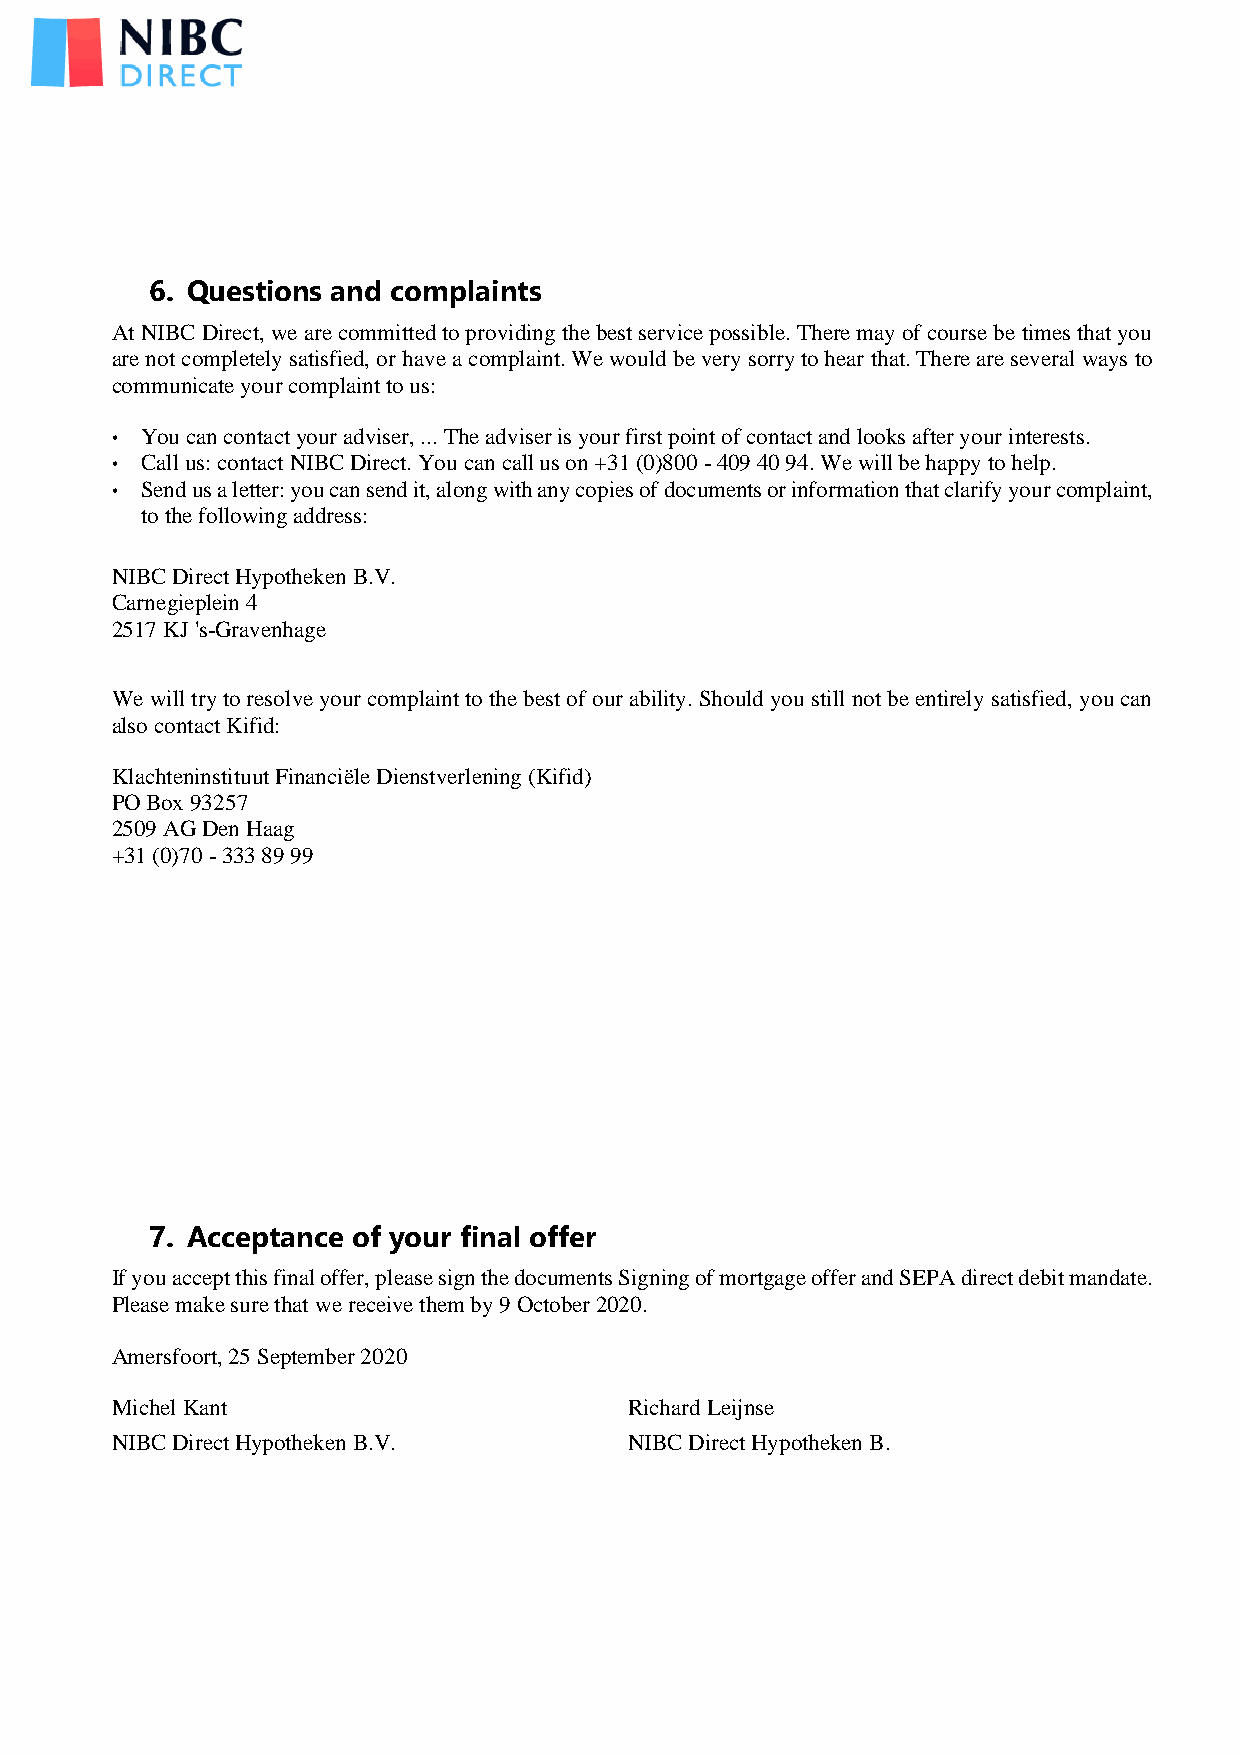
6. Questions and complaints
 At NIBC Direct, we are committed to providing the best service possible. There may of course be times that you
 are not completely satisfied, or have a complaint. We would be very sorry to hear that. There are several ways to
 communicate your complaint to us:
 • You can contact your adviser, ... The adviser is your first point of contact and looks after your interests.
 • Call us: contact NIBC Direct. You can call us on +31 (0)800 - 409 40 94. We will be happy to help.
 • Send us a letter: you can send it, along with any copies of documents or information that clarify your complaint,
 to the following address:
 NIBC Direct Hypotheken B.V.
 Carnegieplein 4
 2517 KJ 's-Gravenhage
 We will try to resolve your complaint to the best of our ability. Should you still not be entirely satisfied, you can
 also contact Kifid:
 Klachteninstituut Financiële Dienstverlening (Kifid)
 PO Box 93257
 2509 AG Den Haag
 +31 (0)70 - 333 89 99
 7. Acceptance of your final offer
 If you accept this final offer, please sign the documents Signing of mortgage offer and SEPA direct debit mandate.
 Please make sure that we receive them by 9 October 2020.
 Amersfoort, 25 September 2020
 Michel Kant                        Richard Leijnse
 NIBC Direct Hypotheken B.V.        NIBC Direct Hypotheken B.